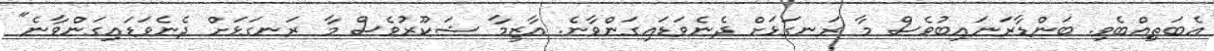
އެބަތިއްބެވި. ބަންޑާރަނައިބުވެސް މާ ރަނގަޅަށް ދެނެވަޑައިގަންވާނެ. އާޒިމާ ޝަކޫރުވެސް މާ ރަނގަޅަށް ދެނެވަޑައިގަންވާނެ"